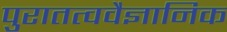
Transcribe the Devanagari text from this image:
पुरातत्ववैज्ञानिक